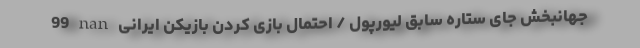
99 nan جهانبخش جای ستاره سابق لیورپول / احتمال بازی کردن بازیکن ایرانی